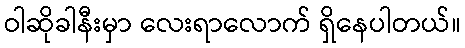
ဝါဆိုခါနီးမှာ လေးရာလောက် ရှိနေပါတယ်။